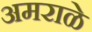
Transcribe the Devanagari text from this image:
अमराळे